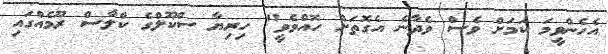
އެހެންވީމަ ކަމަށް ވެސް ވެދާނެ އެގޮތަށް ހޮއްވެވީ" ހިރިޔާ ސްކޫލްގެ ކްލާސް ރޫމެއްގައި